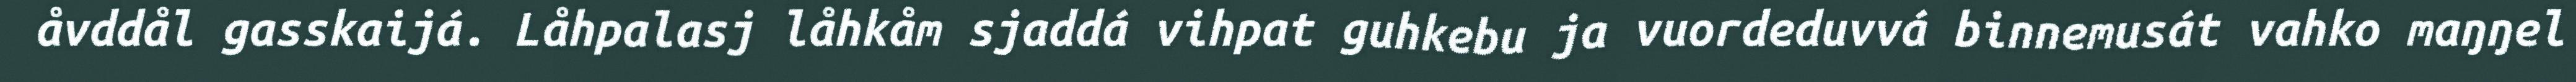
åvddål gasskaijá. Låhpalasj låhkåm sjaddá vihpat guhkebu ja vuordeduvvá binnemusát vahko maŋŋel